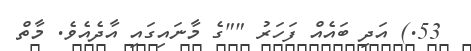
53.) އަދި ބައެއް ފަހަރު ""ގެ މާނައިގައި އާދެއެވެ. މާތް